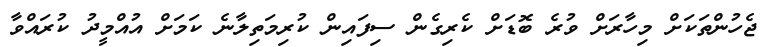
ޖެހުންތަކަށް މިހާރަށް ވުރެ ބޮޑަށް ކެރިގެން ސިފައިން ކުރިމަތިލާނެ ކަމަށް އުއްމީދު ކުރައްވާ